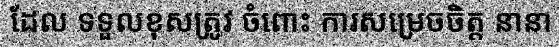
ដែល ទទួលខុសត្រូវ ចំពោះ ការសម្រេចចិត្ត នានា